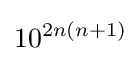
10^{2n(n+1)}